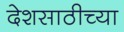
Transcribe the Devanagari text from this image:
देशसाठीच्या